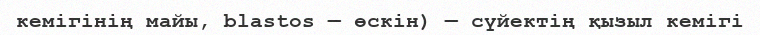
кемігінің майы, blastos — өскін) — сүйектің қызыл кемігі